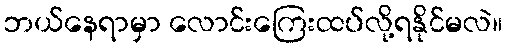
ဘယ်နေရာမှာ လောင်းကြေးထပ်လို့ရနိုင်မလဲ။